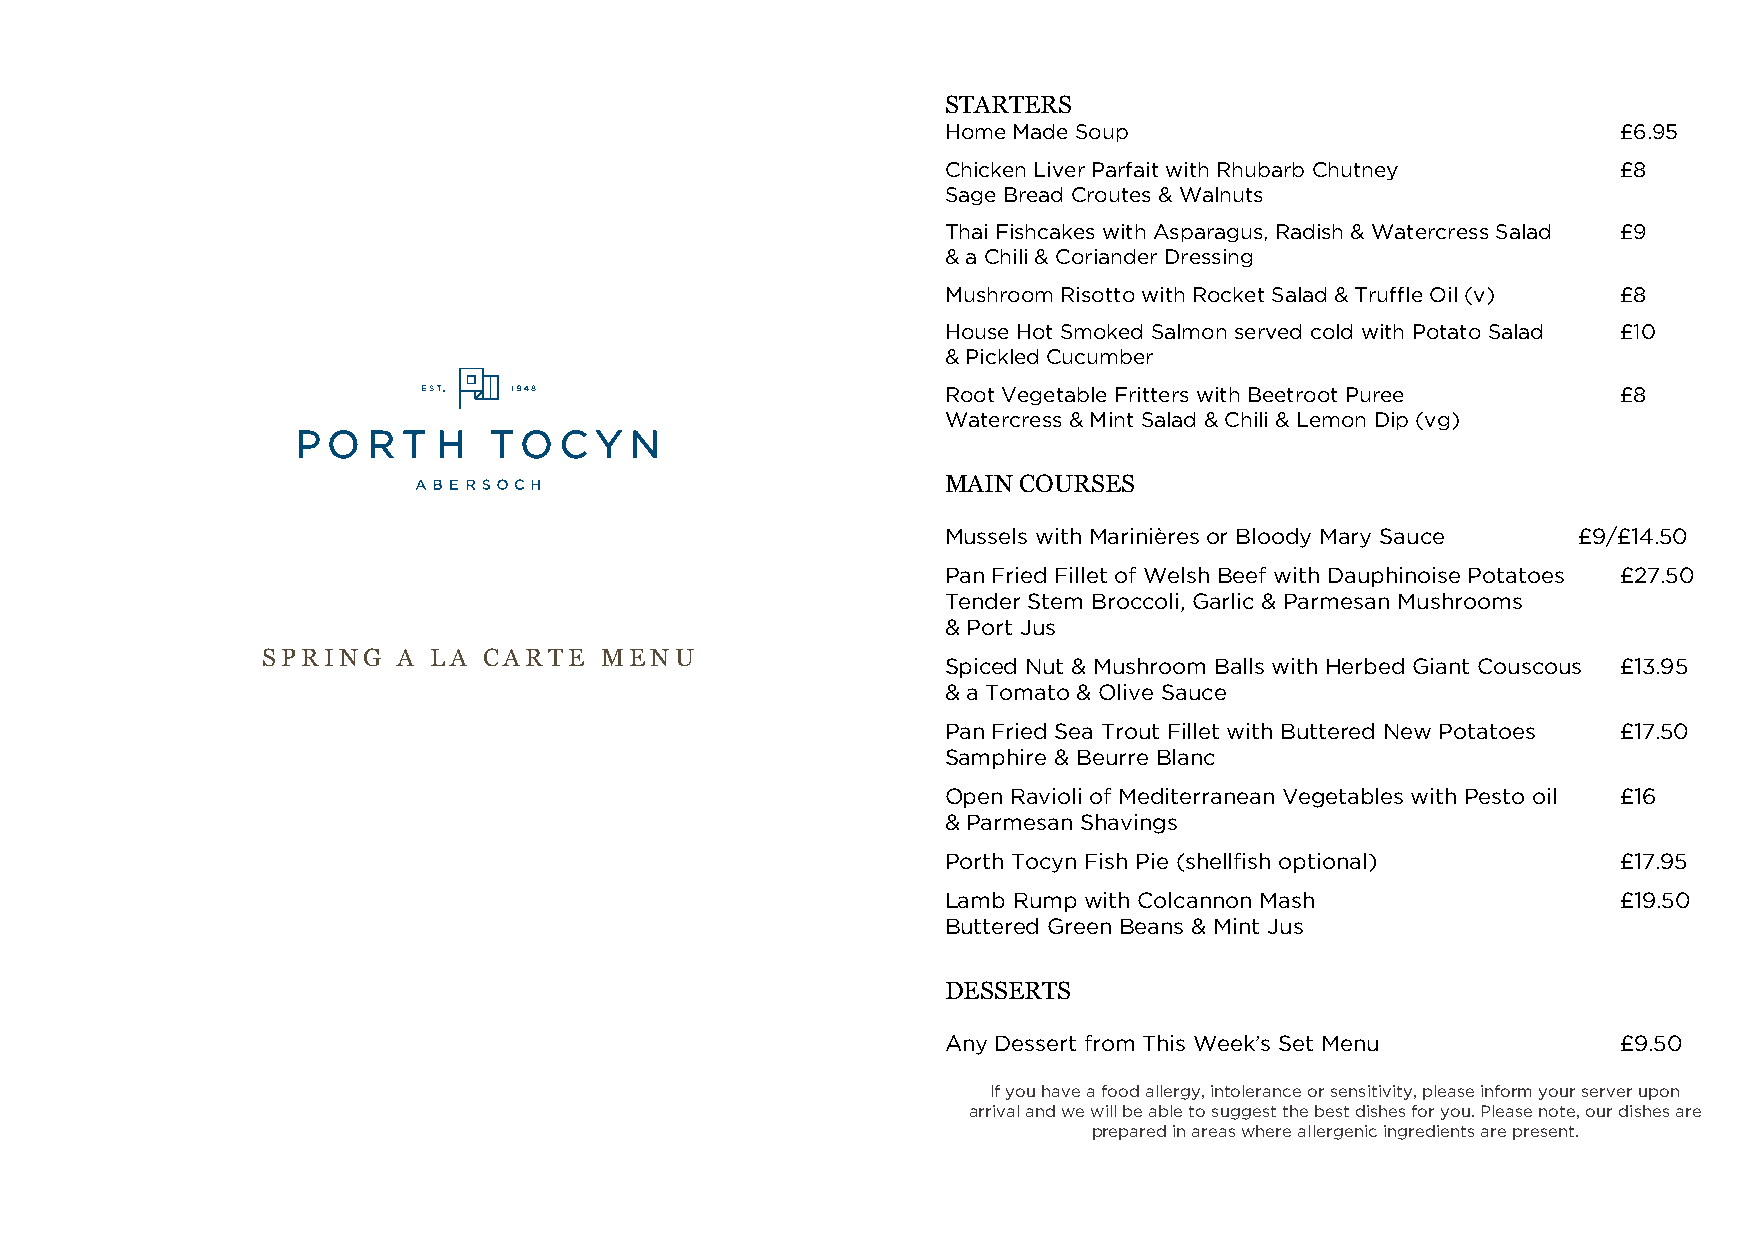
STARTERS
 Home Made Soup                              £6.95
 Chicken Liver Parfait with Rhubarb Chutney  £8
 Sage Bread Croutes & Walnuts
 Thai Fishcakes with Asparagus, Radish & Watercress Salad £9
 & a Chili & Coriander Dressing
 Mushroom Risotto with Rocket Salad & Truffle Oil (v) £8
 House Hot Smoked Salmon served cold with Potato Salad £10
 & Pickled Cucumber
 Root Vegetable Fritters with Beetroot Puree £8
 Watercress & Mint Salad & Chili & Lemon Dip (vg)
 MAIN COURSES
 Mussels with Marinières or Bloody Mary Sauce £9/£14.50
 Pan Fried Fillet of Welsh Beef with Dauphinoise Potatoes £27.50
 Tender Stem Broccoli, Garlic & Parmesan Mushrooms
 & Port Jus
 SPRING   A LA  CARTE   MENU
 Spiced Nut & Mushroom Balls with Herbed Giant Couscous £13.95
 & a Tomato & Olive Sauce
 Pan Fried Sea Trout Fillet with Buttered New Potatoes £17.50
 Samphire & Beurre Blanc
 Open Ravioli of Mediterranean Vegetables with Pesto oil £16
 & Parmesan Shavings
 Porth Tocyn Fish Pie (shellfish optional)   £17.95
 Lamb Rump with Colcannon Mash               £19.50
 Buttered Green Beans & Mint Jus
 DESSERTS
 Any Dessert from This Week’s Set Menu       £9.50
 If you have a food allergy, intolerance or sensitivity, please inform your server upon
 arrival and we will be able to suggest the best dishes for you. Please note, our dishes are
 prepared in areas where allergenic ingredients are present.